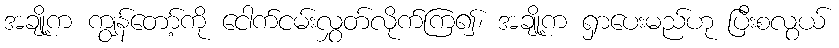
အချို့က ကျွန်တော့်ကို ငေါက်ငမ်းလွှတ်လိုက်ကြ၍၊ အချို့က ရှာပေးမည်ဟု ပြီးစလွယ်